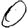
Digit: 0